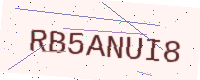
Text: RB5ANUI8